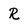
Character: R